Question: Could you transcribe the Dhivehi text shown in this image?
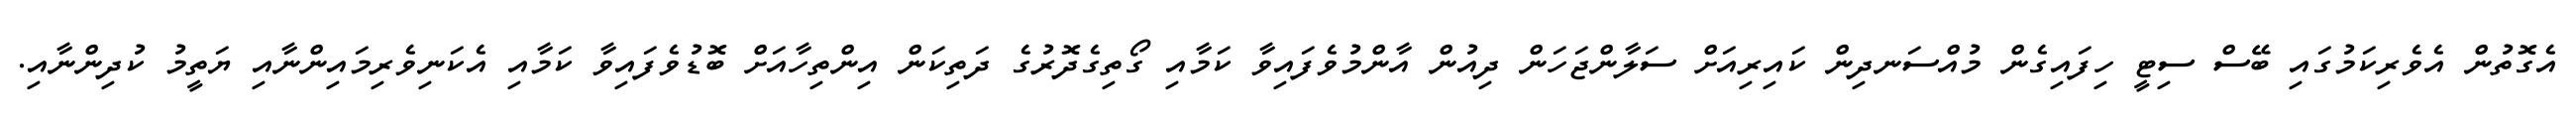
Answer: އެގޮތުން އެވެރިކަމުގައި ބޭސް ސިޓީ ހިފައިގެން މުއްސަނދިން ކައިރިއަށް ސަލާންޖަހަން ދިއުން އާންމުވެފައިވާ ކަމާއި ގޯތިގެދޮރުގެ ދަތިކަން އިންތިހާއަށް ބޮޑުވެފައިވާ ކަމާއި އެކަނިވެރިމައިންނާއި ޔަތީމު ކުދިންނާއި.